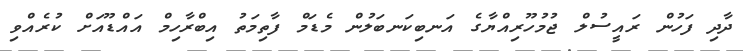
ދާދި ފަހުން ރައީސުލް ޖުމުހޫރިއްޔާގެ އަނބިކަނބަލުން މެޑަމް ފާތިމަތު އިބްރާހިމް އައްޑޫއަށް ކުރެއްވި